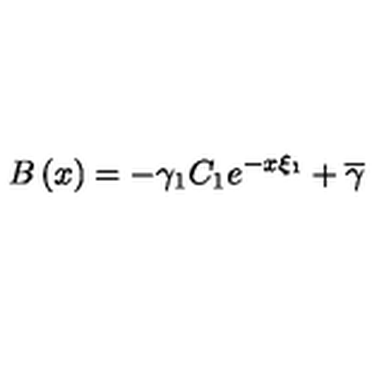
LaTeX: B \left( x \right) = - \gamma _ { 1 } C _ { 1 } e ^ { - x \xi _ { 1 } } + \overline { { \gamma } }